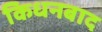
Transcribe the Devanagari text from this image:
किधनबाद